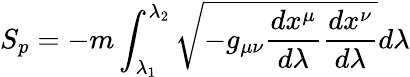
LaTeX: S_{p}=-m\int_{\lambda_{1}}^{\lambda_{2}}\sqrt{-g_{\mu\nu}\frac{dx^{\mu}}{d\lambda}\frac{dx^{\nu}}{d\lambda}}d\lambda